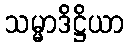
သမ္မာဒိဋ္ဌိယာ